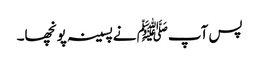
پس آپﷺ نےپسینہ پونچھا۔